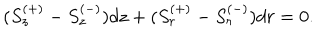
( S _ { z } ^ { ( + ) } - S _ { z } ^ { ( - ) } ) d z + ( S _ { r } ^ { ( + ) } - S _ { r } ^ { ( - ) } ) d r = 0 .